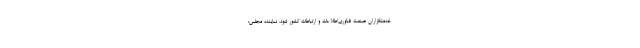
خدمتگزاران صنعت فناوری‌اطلاعات و ارتباطات کشور شود. نماینده مجلس: